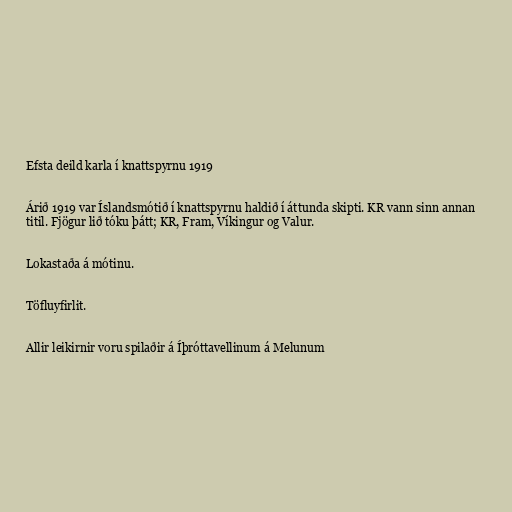
Efsta deild karla í knattspyrnu 1919

Árið 1919 var Íslandsmótið í knattspyrnu haldið í áttunda skipti. KR vann sinn annan
titil. Fjögur lið tóku þátt; KR, Fram, Víkingur og Valur.

Lokastaða á mótinu.

Töfluyfirlit.

Allir leikirnir voru spilaðir á Íþróttavellinum á Melunum